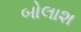
બોલાશ